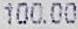
100.00